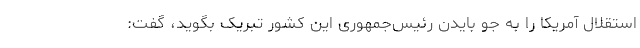
استقلال آمریکا را به جو بایدن رئیس‌جمهوری این کشور تبریک بگوید، گفت: